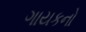
ગાયકનો